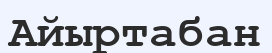
Айыртабан